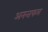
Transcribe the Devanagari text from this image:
अनन्तफल